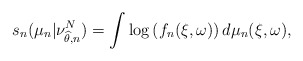
\begin{align*}s_n(\mu_n | \nu_{\widehat\theta, n}^N)= \int \log \left( f_n(\xi,\omega) \right) d\mu_n (\xi,\omega),\end{align*}